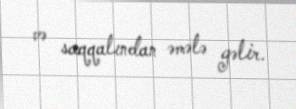
və saqqalından əmələ gəlir.